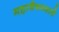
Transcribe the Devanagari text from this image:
महावैष्णवाचे